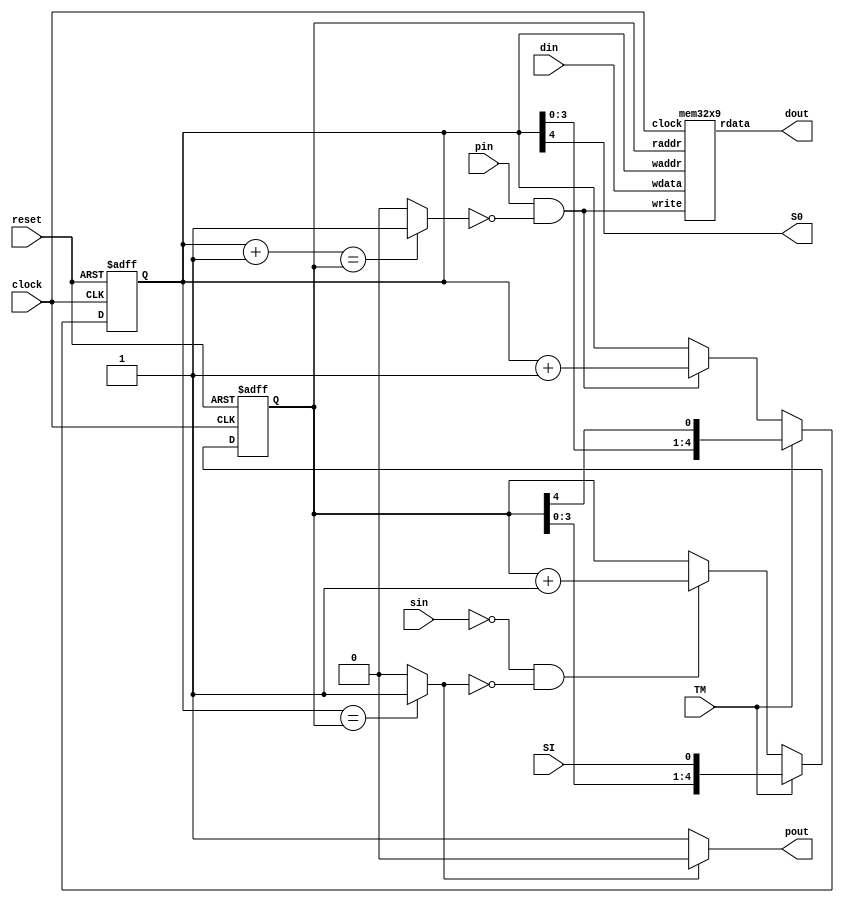
`timescale 1ns/1ns
module fifo(clock,reset,pin,sin,din,pout,dout, TM, SI, S0);

input clock,reset; 

input pin, sin; 

input [8:0] din;

output pout ; 

output [8:0] dout;

output S0;

input TM, SI; 

reg full,empty ;  


reg mem_write, mem_read; 

reg [4:0] full_w,memw,full_r,memr; 

reg pout;

assign S0 = memw[4] ; 


mem32x9 mem (.clock   (clock),
             .waddr (memw), 
             .wdata (din), 
             .write (mem_write),
             .raddr (memr), 
             .rdata (dout)
            );

always @ (*)
begin


  if((memw + 1) == memr)
    full = 1'b1 ;
  else 
    full = 1'b0 ; 


  if(memw == memr)
    empty = 1'b1 ;
  else 
    empty = 1'b0 ; 


  mem_write = pin & !full ;


  mem_read = !sin & !empty;


  if(mem_write) 
    full_w = memw + 1'b1 ; else 
    full_w = memw  ;

  if(mem_read) 
    full_r = memr + 1'b1 ; else 
    full_r = memr  ;


  if(!empty)
    pout = 1'b1;
  else 
    pout = 1'b0;
end


always @ (posedge clock or posedge(reset))
begin
  if(reset) begin
    	memw <= 0;
  end else begin
 	memw <= #1 ( (TM)? ({memw[3:0], memr[4]}): full_w );
    //memw <= #1  _memw ;
  end
end

always @ (posedge clock or posedge(reset))
begin
  if(reset) begin
    	memr <= 0;
  end else begin
   	memr <= #1 ( (TM)? ({memr[3:0], SI}): full_r );
  //memr <= #1 _memr;
  end
end

endmodule

//memory--32x64 for a single FIFO

`timescale 1ns/10ps

module mem32x9(input clock,input [4:0] waddr, 
    input [8:0] wdata, input write,
    input [4:0] raddr, output [8:0] rdata);


reg [8:0] mem[0:31];

reg [8:0] rdataf;


assign rdata = rdataf;

always @(*) begin
  rdataf <= #2 mem[raddr];
end

always @(posedge(clock)) begin
  if(write) begin
    mem[waddr]<=#2 wdata;
  end
end

endmodule